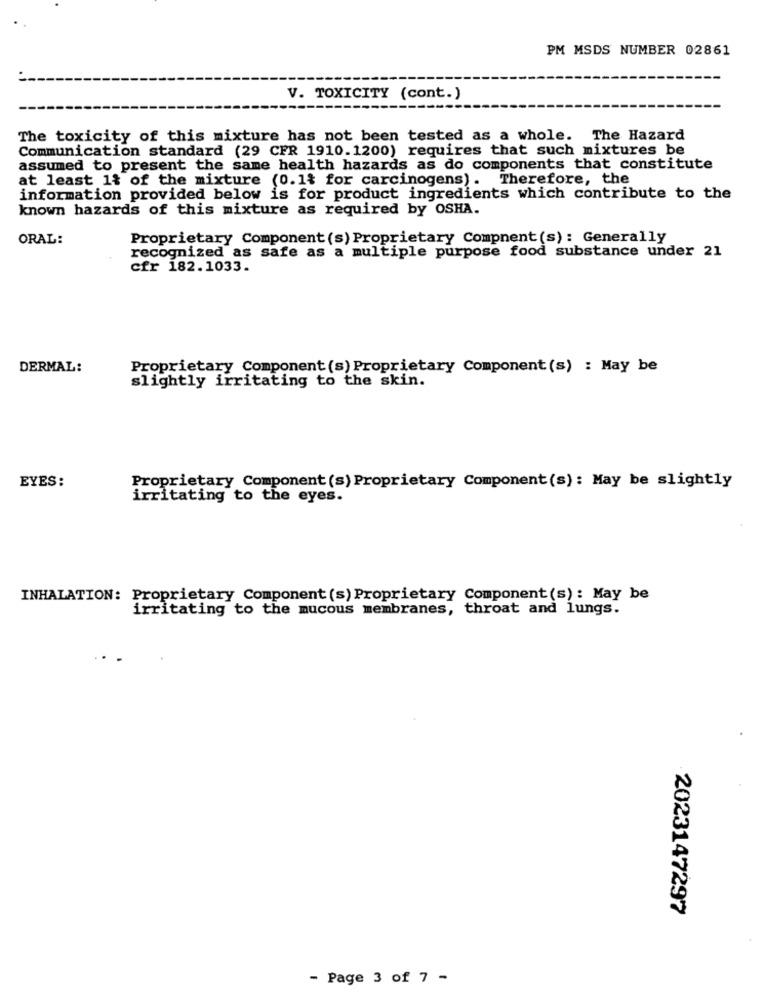
PM MSDS NUMBER 02861
V. TOXICITY (cont.)
The toxicity of this mixture has not been tested as a whole. The Hazard
Communication standard (29 CFR 1910.1200) requires that such mixtures be
assumed to present the same health hazards as do components that constitute
at least 1% of the mixture (0.1% for carcinogens). Therefore, the
information provided below is for product ingredients which contribute to the
known hazards of this mixture as required by OSHA.
ORAL:
Proprietary Component (s) Proprietary Compnent(s): Generally
recognized as safe as a multiple purpose food substance under 21
cfr 182.1033.
DERMAL:
Proprietary Component (s) Proprietary Component(s) : May be
slightly irritating to the skin.
EYES:
Proprietary Component (s) Proprietary Component(s): May be slightly
irritating to the eyes.
INHALATION: Proprietary Component (s) Proprietary Component(s): May be
irritating to the mucous membranes, throat and lungs.
2023147297
- Page 3 of 7 -